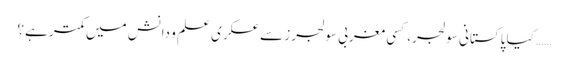
…… کیا پاکستانی سولجر، کسی مغربی سولجرز سے عسکری علم و دانش میں کمتر ہے؟